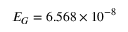
E _ { G } = 6 . 5 6 8 \times 1 0 ^ { - 8 }